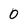
Character: 0